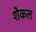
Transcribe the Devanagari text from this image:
शैकल